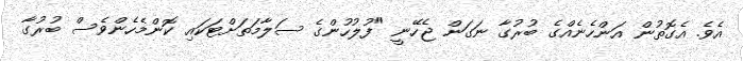
އެވެ. އެގޮތުން އަންހެނެއްގެ ބުރުގާ ނަގަން ޖެހޭނީ "ފުލުހުންގެ ސަލާމަތަށްޓަކައި ކޮންމެހެންވެސް ބުރުގާ